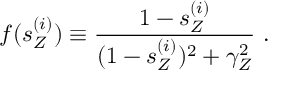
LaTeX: f ( s _ { Z } ^ { ( i ) } ) \equiv { \frac { 1 - s _ { Z } ^ { ( i ) } } { ( 1 - s _ { Z } ^ { ( i ) } ) ^ { 2 } + \gamma _ { Z } ^ { 2 } } } ~ .